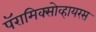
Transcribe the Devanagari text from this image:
पॅरामिक्सोव्हायरस